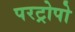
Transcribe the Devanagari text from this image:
परट्रोपो